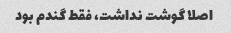
اصلا گوشت نداشت، فقط گندم بود